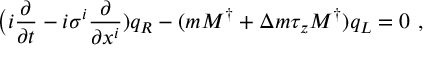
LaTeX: \big ( i \frac { \partial } { \partial t } - i \sigma ^ { i } \frac { \partial } { \partial x ^ { i } } ) q _ { R } - ( m M ^ { \dagger } + \Delta m \tau _ { z } M ^ { \dagger } ) q _ { L } = 0 \ ,